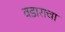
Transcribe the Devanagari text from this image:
वडाराचा